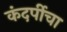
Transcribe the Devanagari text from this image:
कंदर्पीचा